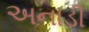
અનાડી